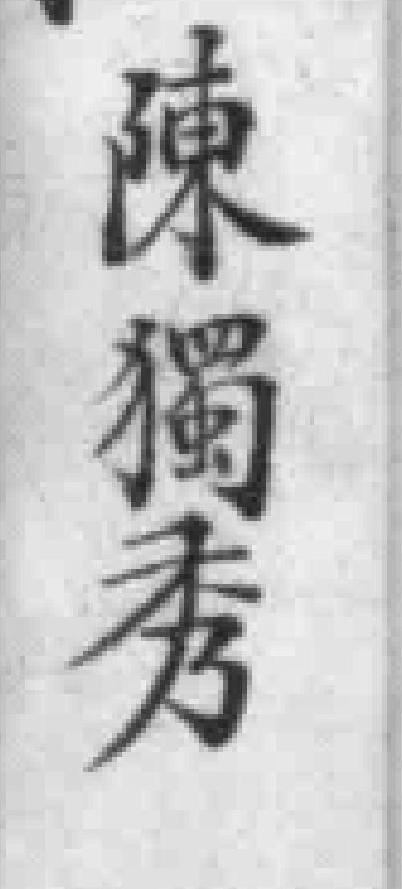
陳獨秀